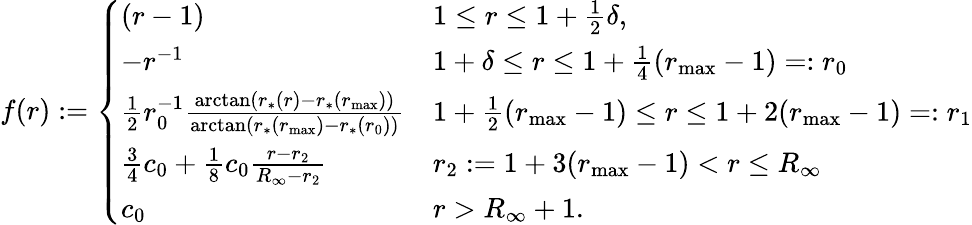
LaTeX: f(r):=\left\{ \begin{array}{ll}{(r-1)}&{1\leq r\leq 1+\frac{1}{2}\delta,}\\ {-r^{-1}}&{1+\delta\leq r\leq 1+\frac{1}{4}(r_{\mathrm{max}}-1)=:r_{0}}\\ {\frac{1}{2}r_{0}^{-1}\frac{\arctan(r_{*}(r)-r_{*}(r_{\mathrm{max}}))}{\arctan(r_{*}(r_{\mathrm{max}})-r_{*}(r_{0}))}}&{1+\frac{1}{2}(r_{\mathrm{max}}-1)\leq r\leq 1+2(r_{\mathrm{max}}-1)=:r_{1}}\\ {\frac{3}{4}c_{0}+\frac{1}{8}c_{0}\frac{r-r_{2}}{R_{\infty}-r_{2}}}&{r_{2}:=1+3(r_{\mathrm{max}}-1)<r\leq R_{\infty}}\\ {c_{0}}&{r>R_{\infty}+1.}\end{array}\right.